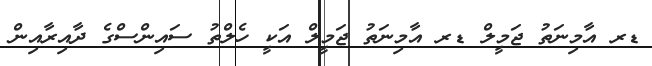
ޑރ އާމިނަތު ޖަމީލް ޑރ އާމިނަތު ޖަމީލް އަކީ ހެލްތު ސައިންސްގެ ދާއިރާއިން